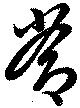
常